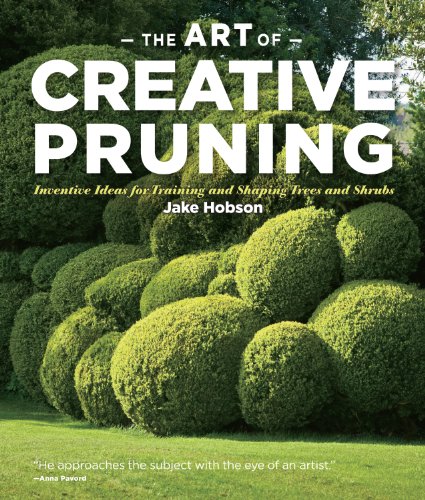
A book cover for The Art of Creative Pruning: Inventive Ideas for Training and Shaping Trees and Shrubs; Jake Hobson; Crafts, Hobbies & Home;